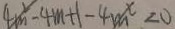
4 m ^ { 2 } - 4 m + 1 - 4 m ^ { x } < 0